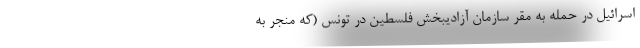
اسرائیل در حمله به مقر سازمان آزادیبخش فلسطین در تونس (که منجر به